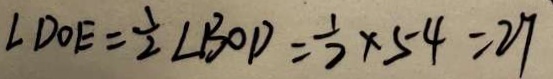
\angle D O E = \frac { 1 } { 2 } \angle B O D = \frac { 1 } { 2 } \times 5 4 = 2 7